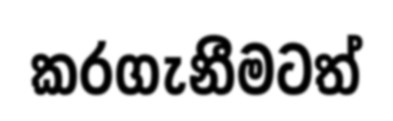
කරගැනීමටත්